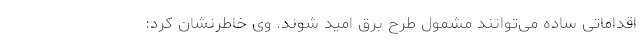
اقداماتی ساده می‌توانند مشمول طرح برق امید شوند. وی خاطرنشان کرد: